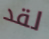
لقد